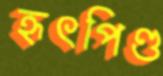
হৃৎপিণ্ড